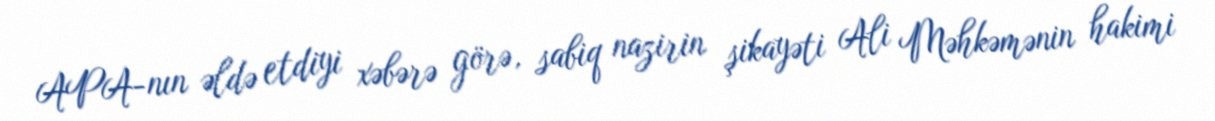
APA-nın əldə etdiyi xəbərə görə, sabiq nazirin şikayəti Ali Məhkəmənin hakimi